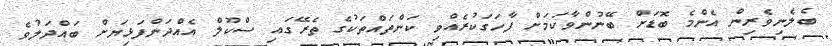
ބެލެނިވެރިން އެންމެ ބޮޑަށް ބޭނުންވާކަމަށް ފާހަގަކުރެއްވި ކަންތައްތަކުގެ ތެރޭގައި ސްކޫލް އެއްދަންފަޅިޔަށް ބައްދަލުވެ